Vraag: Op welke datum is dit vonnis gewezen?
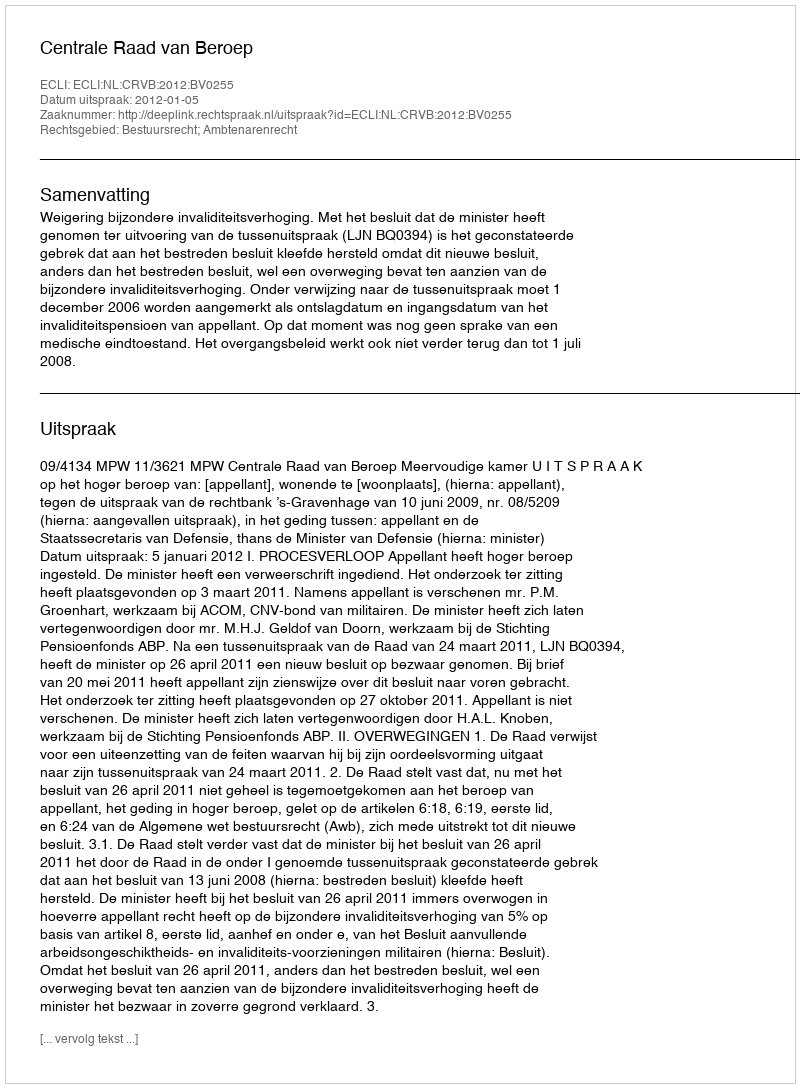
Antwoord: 2012-01-05